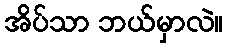
အိပ်သာ ဘယ်မှာလဲ။